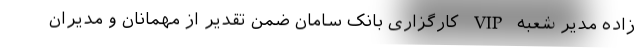
زاده مدیر شعبه VIP کارگزاری بانک سامان ضمن تقدیر از مهمانان و مدیران